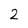
Character: 2